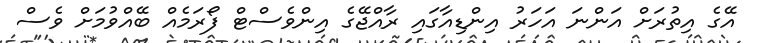
އޭގެ އިތުރަށް އަންނަ އަހަރު އިންޑިއާގައި ރާއްޖޭގެ އިންވެސްޓް ފޯރަމެއް ބޭއްވުމަށް ވެސް